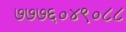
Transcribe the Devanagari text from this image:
७७७६०४९०८८